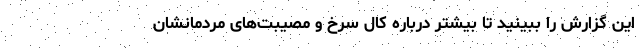
این گزارش را ببینید تا بیشتر درباره کال سرخ و مصیبت‌های مردمانشان